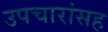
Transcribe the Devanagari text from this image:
उपचारांसह